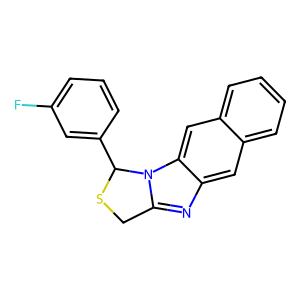
SMILES: Fc1cccc(C2SCc3nc4cc5ccccc5cc4n32)c1
Inhibits HIV replication: No